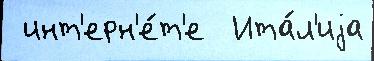
 инт'ерн'е́т'е  Ита́л'иjа